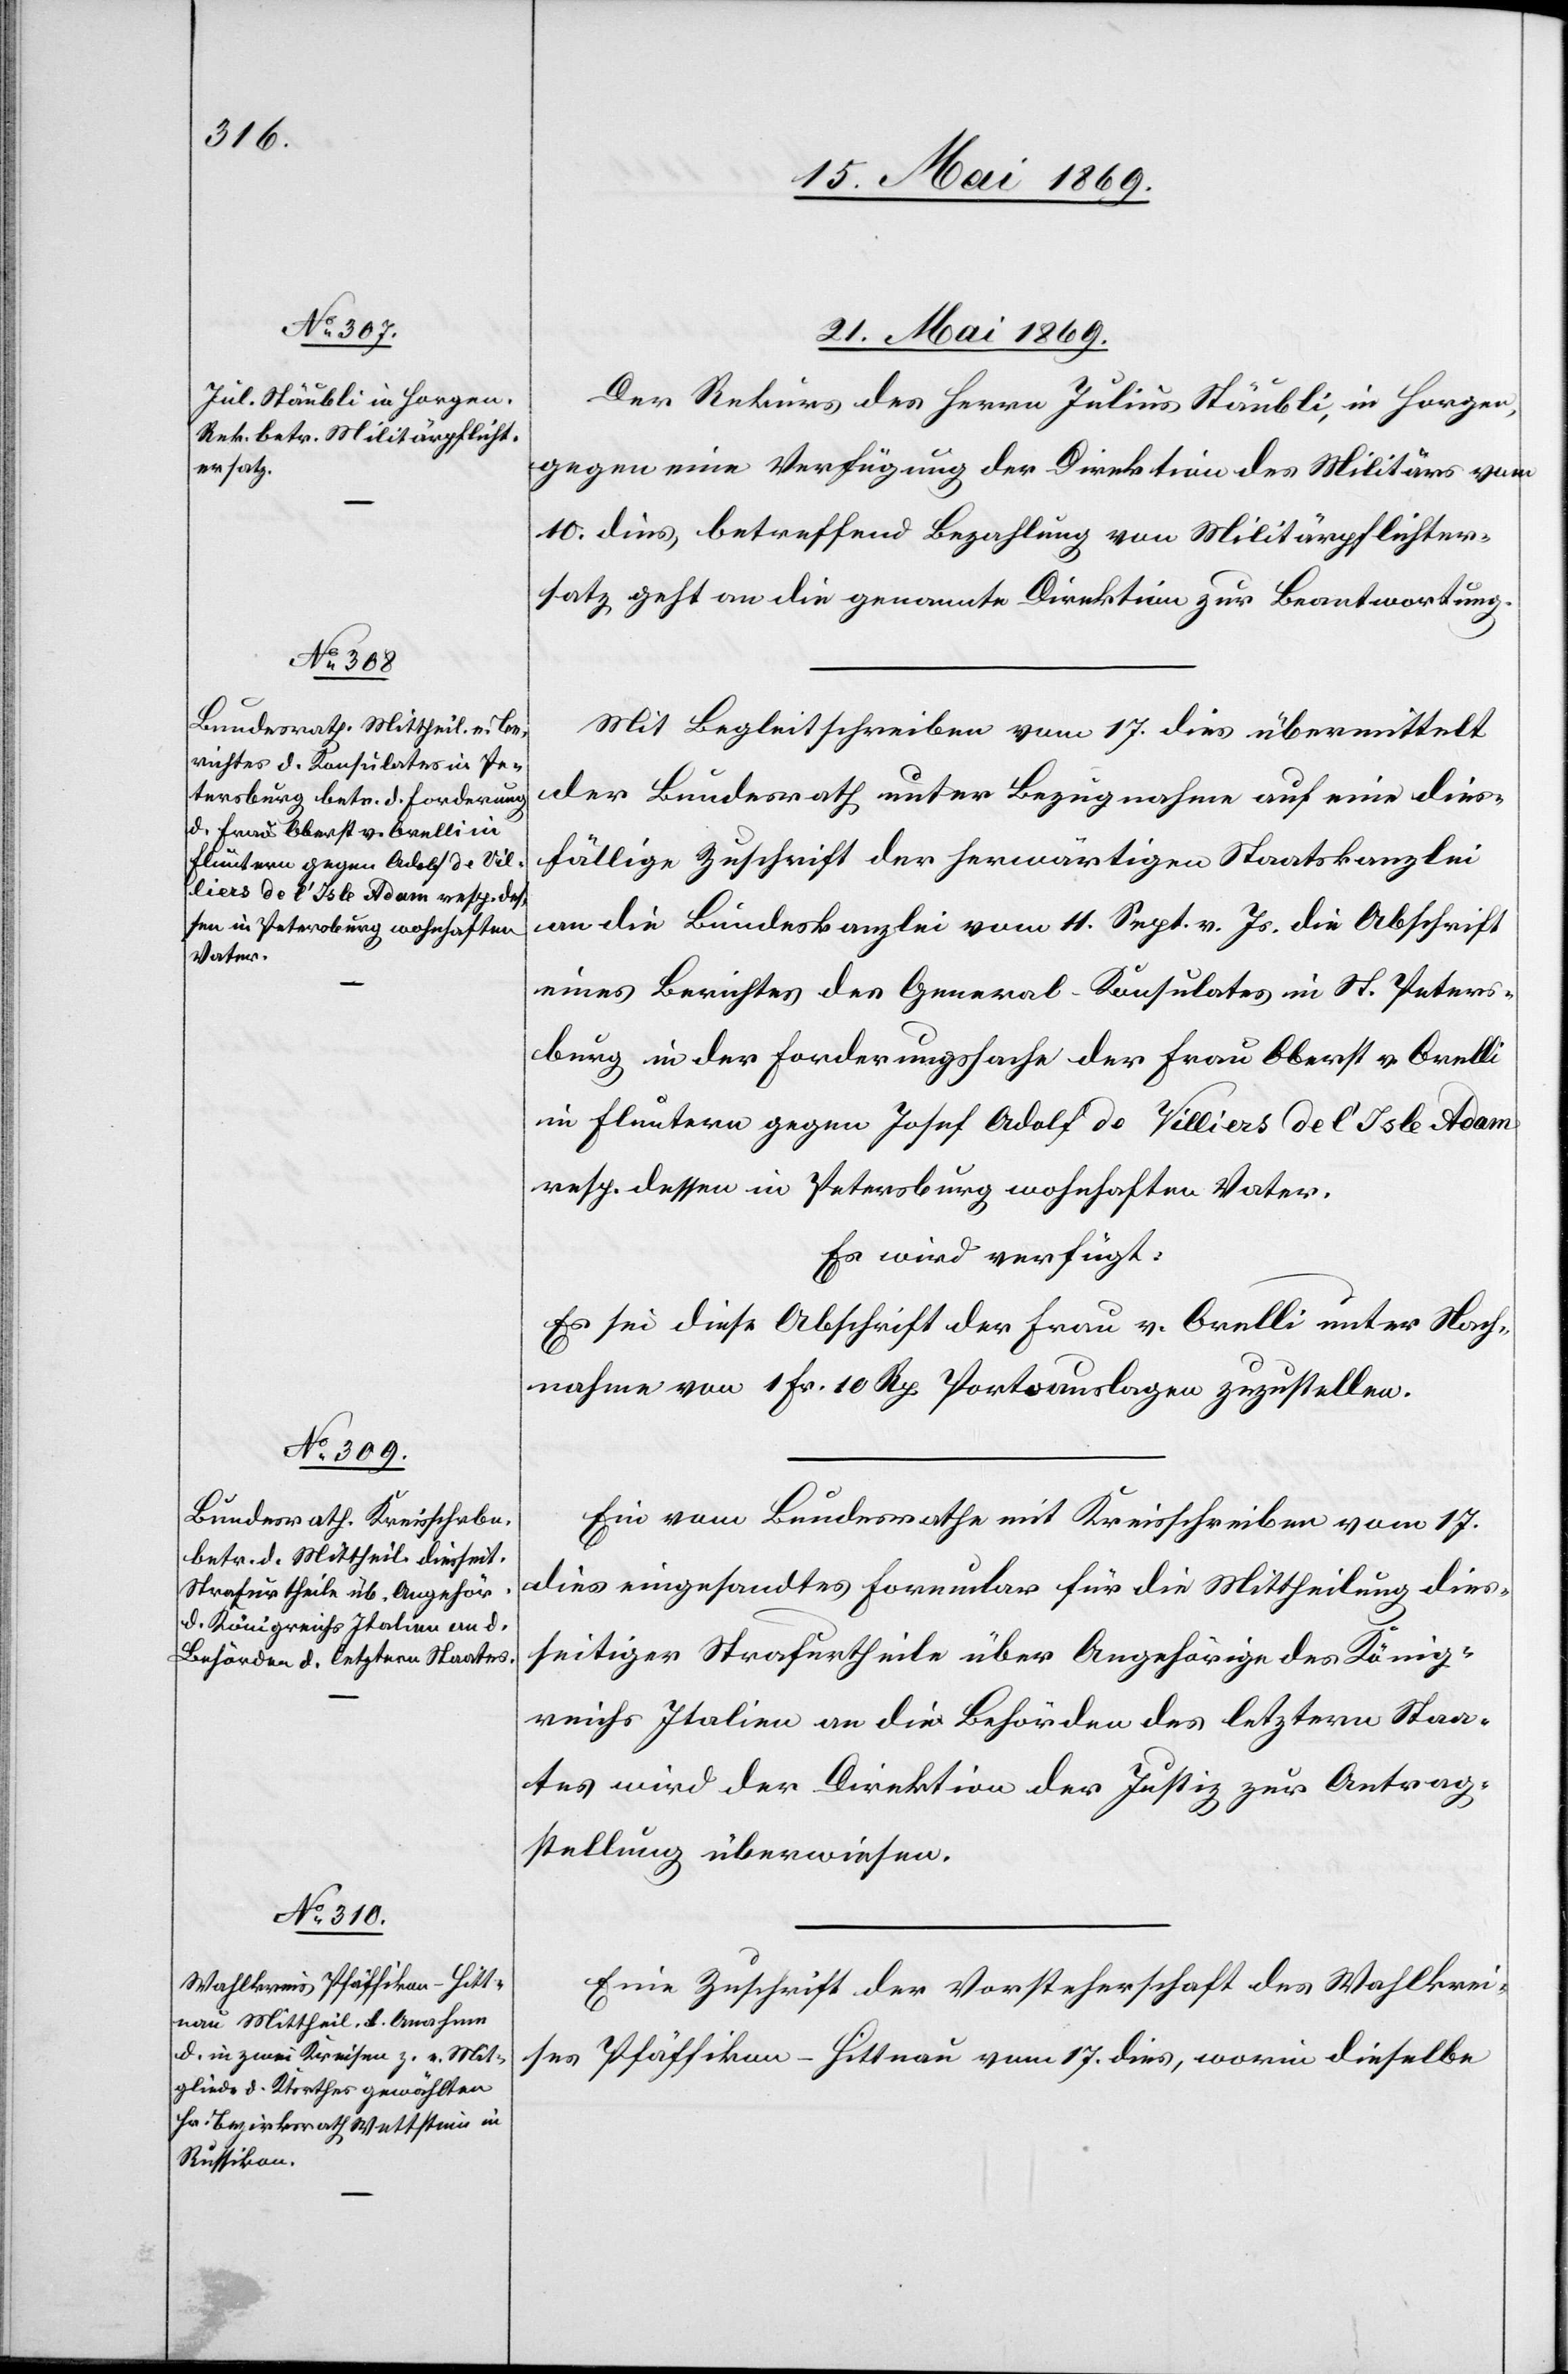
des König¬
Strafurtheile über Angehörige

21. Mai 1869.]
Der Rekurs des Herrn Julius Stäubli, in Horgen,
gegen eine Verfügung der Direktion des Militärs vom
10. dies, betreffend Bezahlung von Militärpflichter¬
satz geht an die genannte Direktion zur Beantwortung.
Mit Begleitschreiben vom 17. dies übermittelt
der Bundesrath unter Bezugnahme auf eine dies¬
fällige Zuschrift der herwärtigen Staatskanzlei
an die Bundeskanzlei vom 4. Sept. v. Js. die Abschrift
eines Berichtes des General-Konsulates in St. Peters¬
burg in der Forderungssache der Frau Oberst v. Orelli
in Fluntern gegen Josef Adolf de Villiers de l’Isle Adam
resp. dessen in Petersburg wohnhaften Vater.
Es wird verfügt:
Es sei diese Abschrift der Frau v. Orelli unter Nach¬
nahme von 1 Fr. 10 Rp. Portoauslagen zuzustellen.
Ein vom Bundesrathe mit Kreisschreiben vom 17.
reiches Italien an die Behörden des letztern Staa¬
tes wird der Direktion der Justiz zur Antrag¬
stellung überwiesen.
Eine Zuschrift der Vorsteherschaft des Wahlkrei¬
ses Pfäffikon-Hittnau vom 17. dies, worin dieselbe